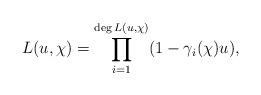
LaTeX: \begin{align*}L(u,\chi) = \prod_{i=1}^{\deg L(u,\chi)} (1-\gamma_i(\chi)u),\end{align*}